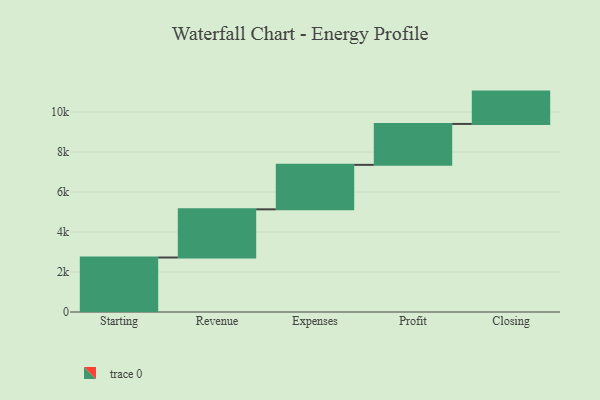
{"axis": {"x": "Step", "y": "Value"}, "legend": [""], "data": [{"x": "Starting", "y": 2725.0, "type": ""}, {"x": "Revenue", "y": 2410.0, "type": ""}, {"x": "Expenses", "y": 2224.0, "type": ""}, {"x": "Profit", "y": 2047.0, "type": ""}, {"x": "Closing", "y": 1617.0, "type": ""}]}